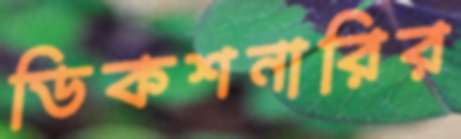
ডিকশনারির